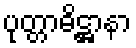
ပုတ္တာဓိဋ္ဌာနာ